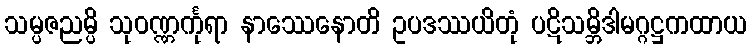
သမ္ပဇညမ္ပိ သုဝဏ္ဏင်္ကုရာ နာဿေနောတိ ဥပဒဿယိတုံ ပဋိသမ္ဘိဒါမဂ္ဂဋ္ဌကထာယ